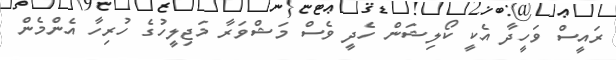
ރައީސް ވަހީދާ އެކީ ކޯލިޝަން ހެދީ ވެސް މަޝްވަރާ މަޖިލީހުގެ ހުރިހާ އެންމެން